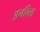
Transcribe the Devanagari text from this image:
अनविता